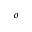
^ { o }